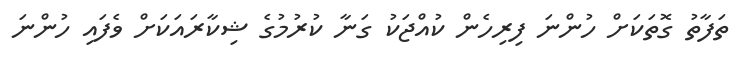
ތަފާތު ގޮތަކަށް ހުންނަ ފިރިހެން ކުއްޖަކު ގަނާ ކުރުމުގެ ޝިކާރައަކަށް ވެފައި ހުންނަ